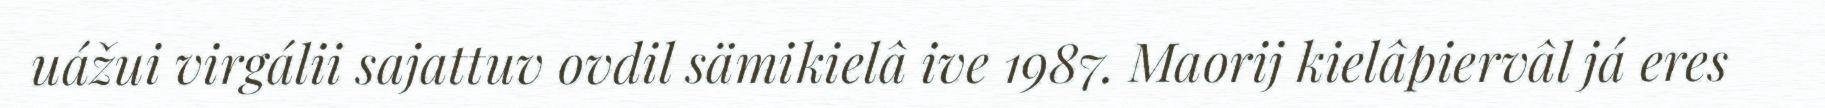
uážui virgálii sajattuv ovdil sämikielâ ive 1987. Maorij kielâpiervâl já eres